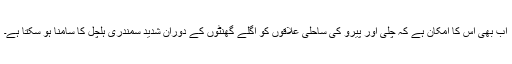
اب بھی اس کا امکان ہے کہ چلی اور پیرو کی ساحلی علاقوں کو اگلے گھنٹوں کے دوران شدید سمندری ہلچل کا سامنا ہو سکتا ہے۔